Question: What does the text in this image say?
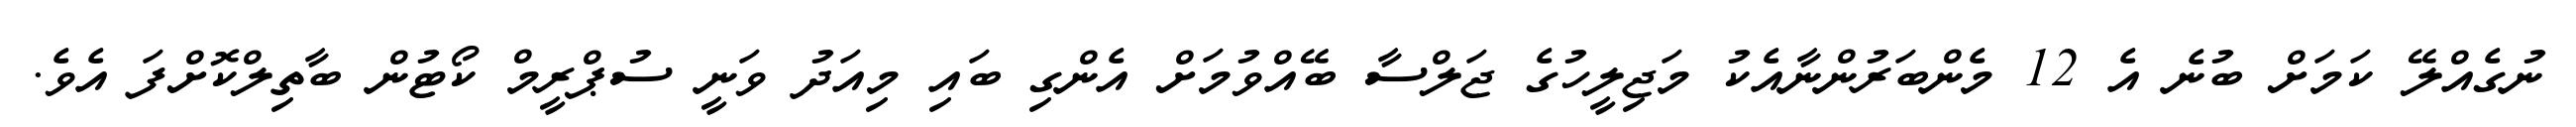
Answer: ނުގެއްލޭ ކަމަށް ބުނެ އެ 12 މެންބަރުންނާއެކު މަޖިލީހުގެ ޖަލްސާ ބޭއްވުމަށް އެންގި ބައި މިއަދު ވަނީ ސުޕްރީމް ކޯޓުން ބާތިލްކޮށްފަ އެވެ.